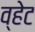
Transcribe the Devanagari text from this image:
व्हेट